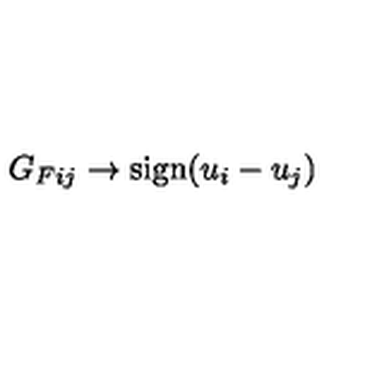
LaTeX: G _ { F i j } \rightarrow \mathrm { s i g n } ( u _ { i } - u _ { j } )